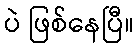
ပဲ ဖြစ်နေပြီ။